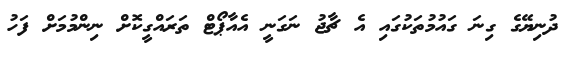
ދުނިޔޭގެ ގިނަ ގައުމުތަކުގައި އެ ޗާޖު ނަގަނީ އެއާޕޯޓް ތަރައްގީކޮށް ނިންމުމަށް ފަހު